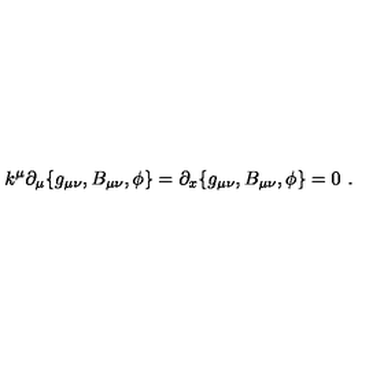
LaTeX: k ^ { \mu } \partial _ { \mu } \{ g _ { \mu \nu } , B _ { \mu \nu } , \phi \} = \partial _ { x } \{ g _ { \mu \nu } , B _ { \mu \nu } , \phi \} = 0 \ .